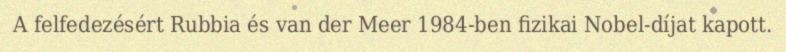
A felfedezésért Rubbia és van der Meer 1984-ben fizikai Nobel-díjat kapott.